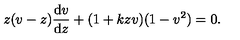
z ( v - z ) { \frac { \mathrm { d } v } { \mathrm { d } z } } + ( 1 + k z v ) ( 1 - v ^ { 2 } ) = 0 .